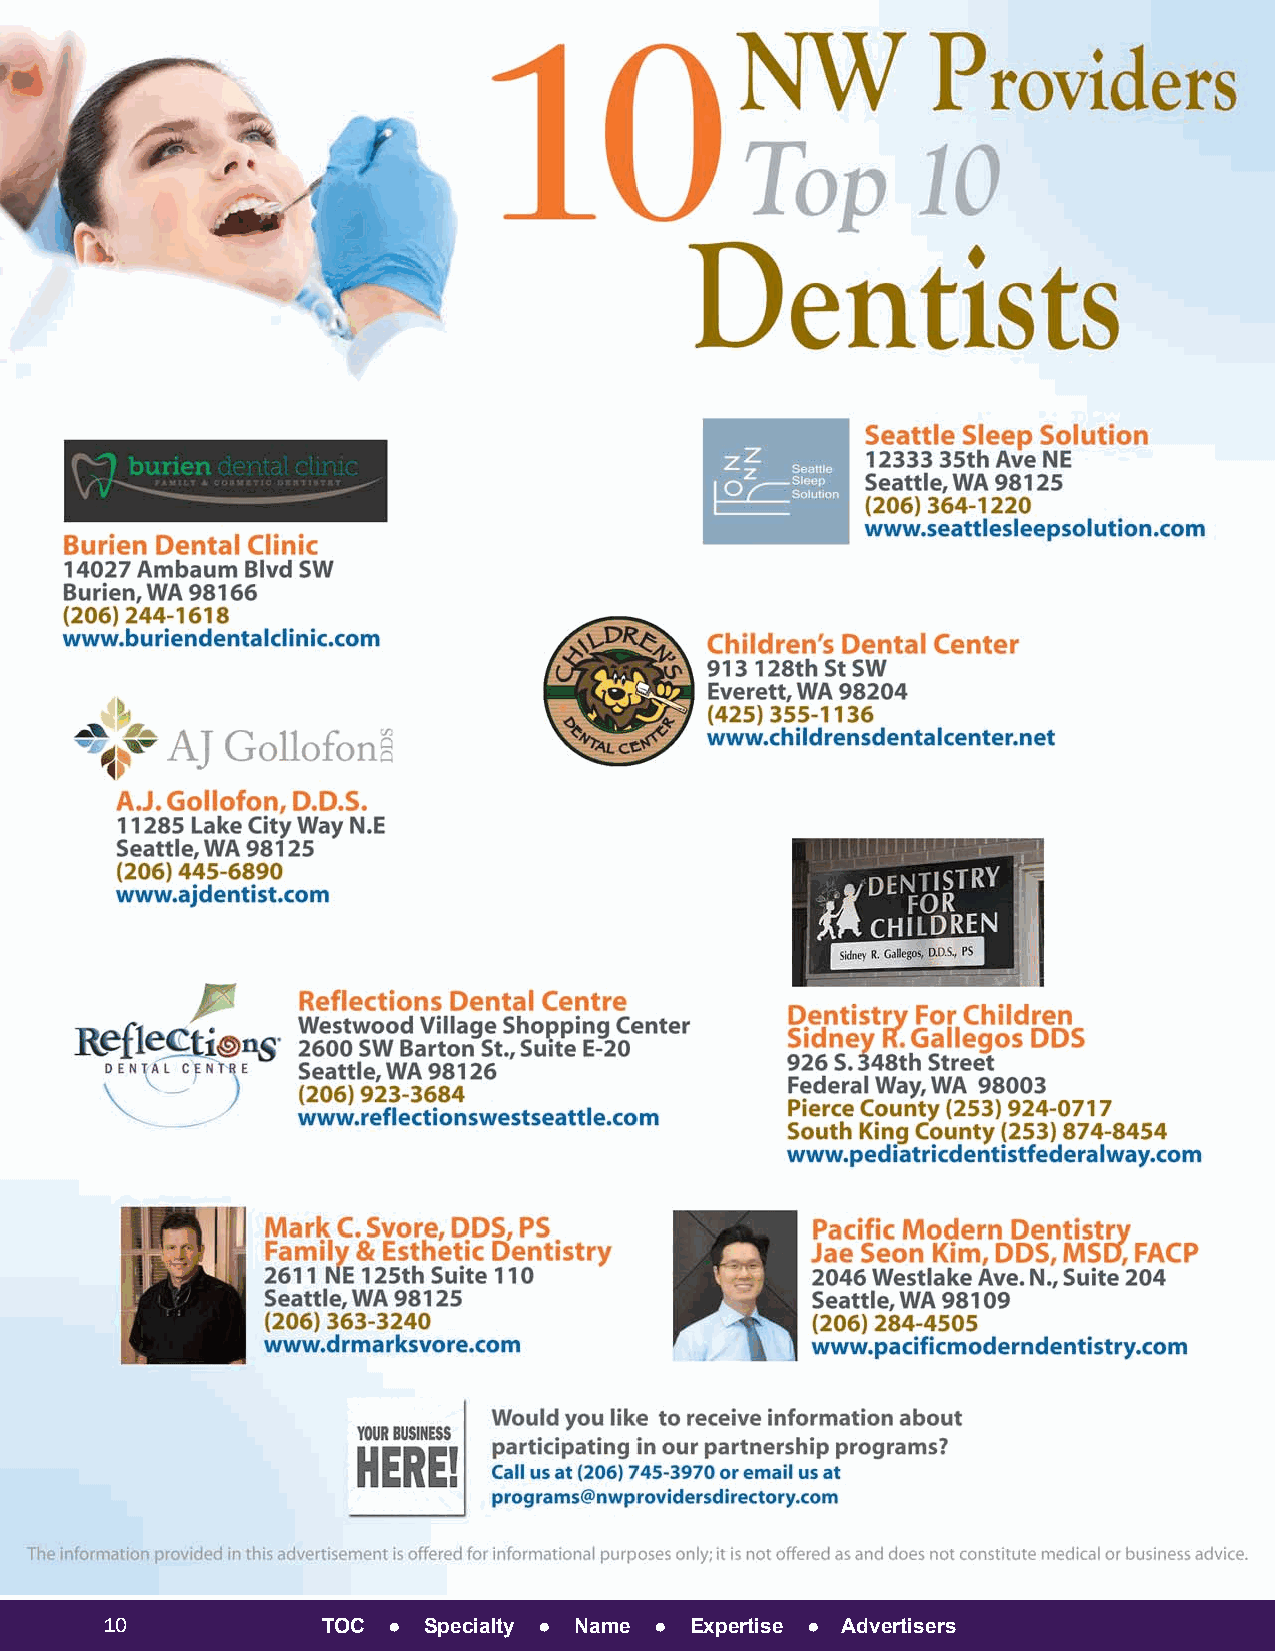
10            TOC  ● Specialty ● Name ● Expertise ● Advertisers